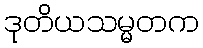
ဒုတိယသမ္မတက